Report of the Municipal Commissioner on the plague in Bombay for the year ending 31st May... - Volume 3
Disease focus: Plague
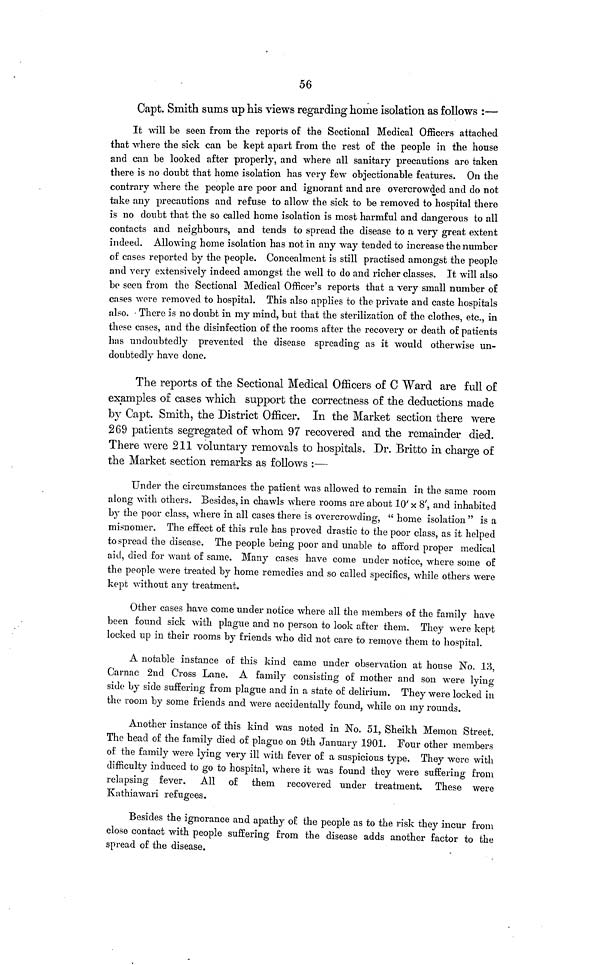
56
Capt. Smith sums up his views regarding home isolation as follows :—
It will be seen from the reports of the Sectional Medical Officers attached
that where the sick can be kept apart from the rest of the people in the house
and can be looked after properly, and where all sanitary precautions are taken
there is no doubt that home isolation has very few objectionable features. On the
contrary where the people are poor and ignorant and are overcrowded and do not
take any precautions and refuse to allow the sick to be removed to hospital there
is no doubt that the so called home isolation is most harmful and dangerous to all
contacts and neighbours, and tends to spread the disease to a very great extent
indeed. Allowing home isolation has not in any way tended to increase the number
of cases reported by the people. Concealment is still practised amongst the people
and very extensively indeed amongst the well to do and richer classes. It will also
be seen from the Sectional Medical Officer's reports that a very small number of
cases wore removed to hospital. This also applies to the private and caste hospitals
also. • There is no doubt in my mind, but that the sterilization of the clothes, etc., in
these cases, and the disinfection of the rooms after the recovery or death of patients
has undoubtedly prevented the disease spreading as it would otherwise un-
doubtedly have done.
The reports of the Sectional Medical Officers of C Ward are full of
examples of cases which support the correctness of the deductions made
by Capt. Smith, the District Officer. In the Market section there were
269 patients segregated of whom 97 recovered and the remainder died.
There were 211 voluntary removals to hospitals. Dr. Britto in charge of
the Market section remarks as follows :—
Under the circumstances the patient was allowed to remain in the same room
along with others. Besides, in chawls where rooms are about 10' x 8', and inhabited
by the poor class, where in all cases there is overcrowding, "home isolation " is a
misnomer. The effect of this rule has proved drastic to the poor class, as it helped
to spread the disease. The people being poor and unable to afford proper medical
aid, died for want of same. Many cases have come under notice, where some of
the people were treated by home remedies and so called specifics, while others were
kept without any treatment.
Other cases have come under notice where all the members of the family have
been found sick with plague and no person to look after them. They were kept
locked up in their rooms by friends who did not care to remove them to hospital.
A notable instance of this kind came under observation at house No. 13,
Carnac 2nd Cross Lane. A family consisting of mother and son were lying
side by side suffering from plague and in a state of delirium. They were locked in
the room by some friends and were accidentally found, while on my rounds.
Another instance of this kind was noted in No. 51, Sheikh Memon Street.
The head of the family died of plague on 9th January 1901. Four other members
of the family were lying very ill with fever of a suspicious type. They were with
difficulty induced to go to hospital, where it was found they were suffering from
relapsing fever. All of them recovered under treatment. These were
Kathiawari refugees.
Besides the ignorance and apathy of the people as to the risk they incur from
close contact with people suffering from the disease adds another factor to the
spread of the disease.